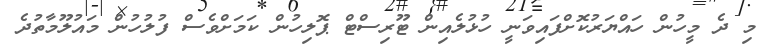
މި ދެ މީހުން ހައްޔަރުކޮށްފައިވަނީ ހުޅުލެއިން ޓޫރިސްޓް ޕޮލިހުން ކަމަށްވެސް ފުލުހުން މައުލޫމާތުދެ